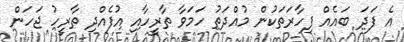
އެ ފަދަ ބައެއް ފިހާރަތަކުން މުއްދަތު ހަމަވާ ތާރީހާއި އުފެއްދި ތާރީހު ޖަހަން